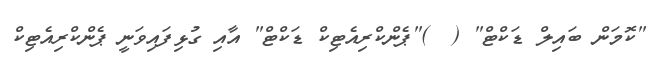
"ކޮމަން ބައިލް ޑަކްޓް" (  )"ޕެންކްރިއެޓިކް ޑަކްޓް" އާއި ގުޅިފައިވަނީ ޕެންކްރިއެޓިކް